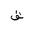
Letter: _qaf